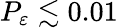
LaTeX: P_{\varepsilon}\lesssim 0.01